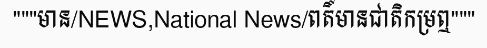
"""មាន/NEWS,National News/ពតិ៍មានជាតិកម្រឮ"""